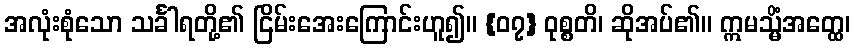
အလုံးစုံသော သင်္ခါရတို့၏ ငြိမ်းအေးကြောင်းဟူ၍။ {၀၇} ဝုစ္စတိ၊ ဆိုအပ်၏။ ဣမသ္မိံအတ္ထေ၊